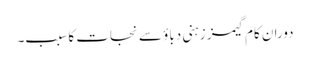
دورانِ کام گیمز زہنی دباؤ سے نجات کا سبب۔